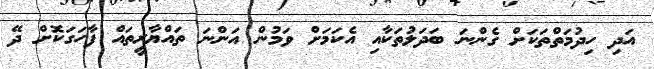
އަދި ހިދުމަތްތަކަށް ގެންނަ ބަދަލުތަކާއި އެކަމަށް ވަމުން އަންނަ ތައްޔާރީތައް ފާހަގަކޮށް ދޭ